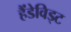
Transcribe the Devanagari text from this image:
हैंडेविड्ट